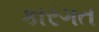
કારગત